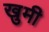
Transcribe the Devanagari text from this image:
खुमी